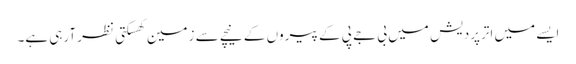
ایسے میں اترپردیش میں بی جے پی کے پیروں کے نیچے سے زمین کھسکتی نظر آرہی ہے۔